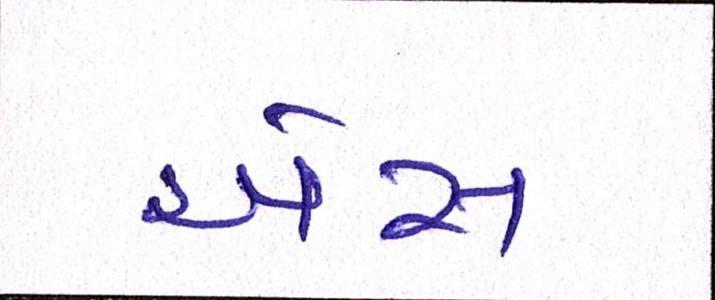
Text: એસ